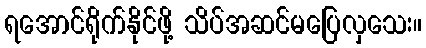
ရအောင်ရိုက်နိုင်ဖို့ သိပ်အဆင်မပြေလှသေး။